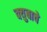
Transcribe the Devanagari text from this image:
क्युबाचे